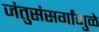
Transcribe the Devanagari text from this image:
जंतुसंसर्गांमुळे